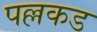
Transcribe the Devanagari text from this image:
पल्लकड